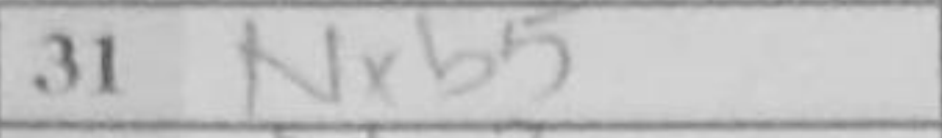
Transcription: Nxb5